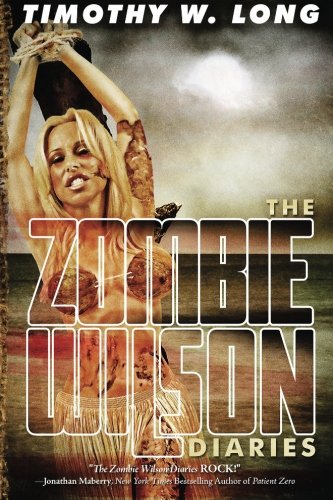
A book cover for The Zombie Wilson Diaries; Timothy W. Long; Literature & Fiction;